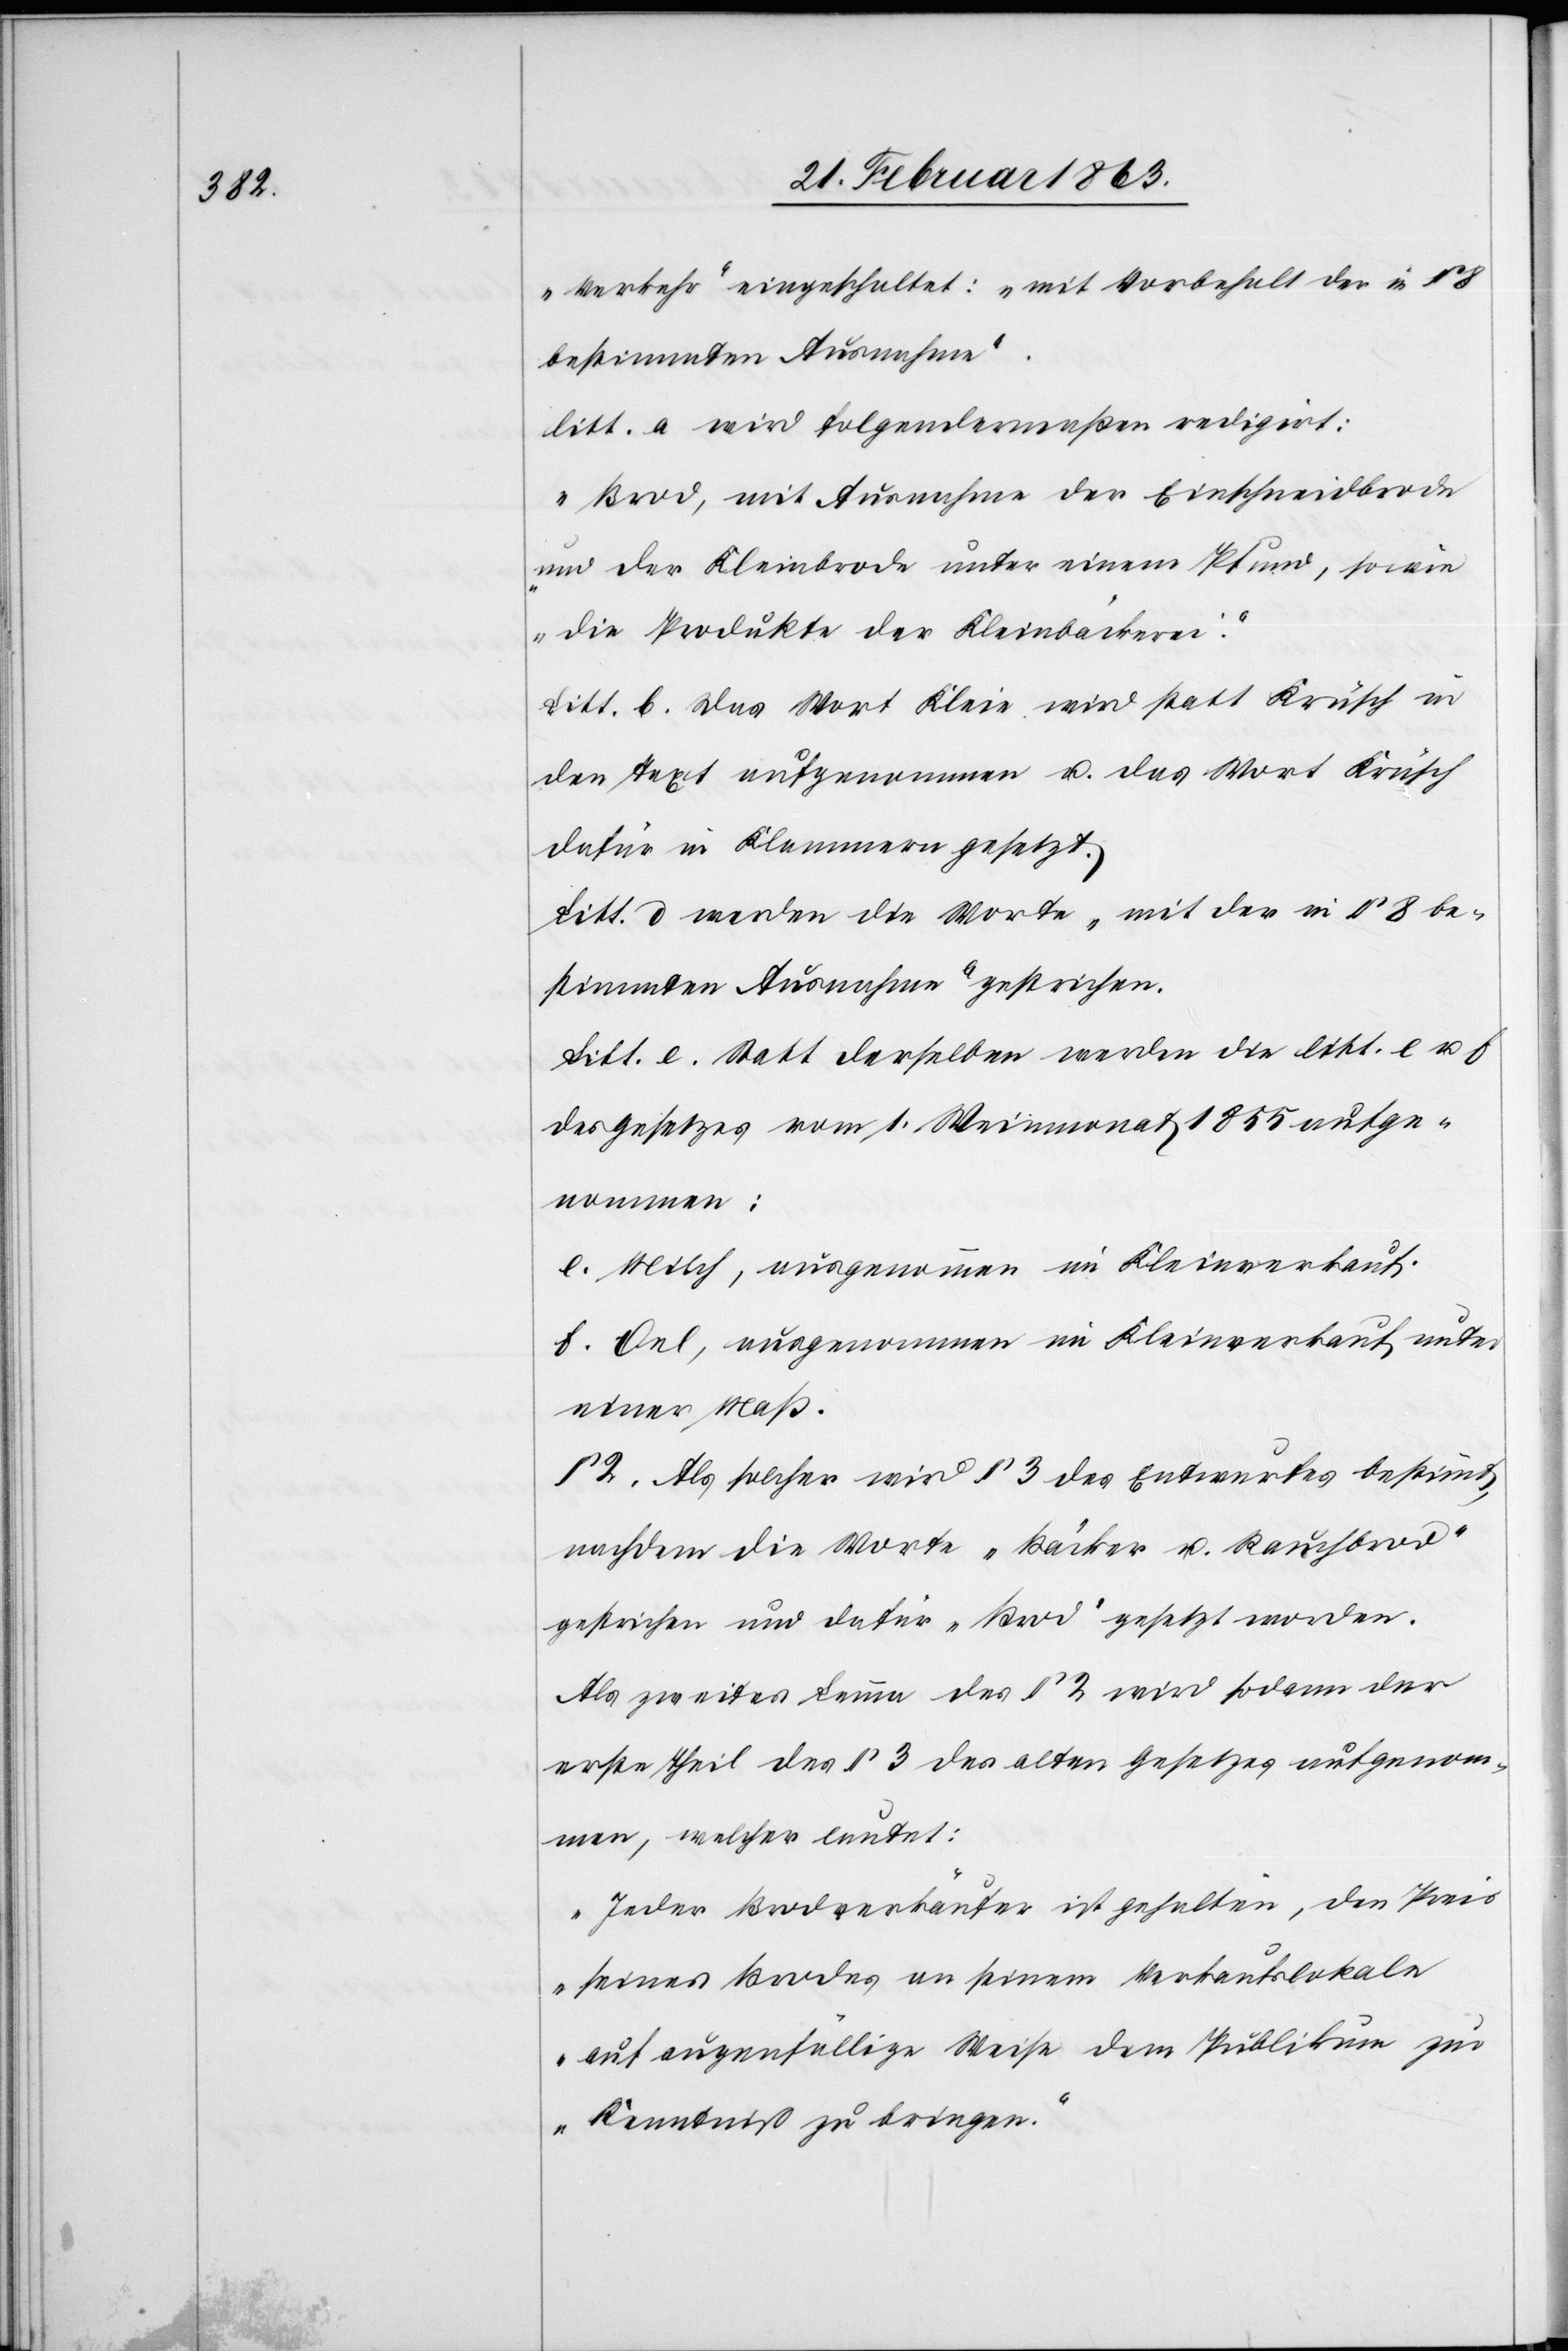
„Verkehr“ eingeschaltet: „mit Vorbehalt der in §
bestimmten Ausnahme“.
litt. a wird folgendermaßen redigirt:
„Brod, mit Ausnahme der Einschneidbrode
und der Kleinbrode unter einem Pfund, sowie
die Produkte der Kleinbäckerei.“
Litt. b. Das Wort Kleie wird statt Krüsch in
den Text aufgenommen u. das Wort Krüsch
dafür in Klammern gesetzt.
Litt. d werden die Worte „mit der in § 8 be¬
stimmten Ausnahme“ gestrichen.
Litt. e. Statt derselben werde die litt. e u.
des Gesetzes vom 1. Weinmonat 1855 aufge¬
nommen:
e. Milch, ausgenommen im Kleinverkauf.
f. Oel, ausgenommen im Kleinverkauf unter
einer Maß.
§ 2. Als solcher wird § 3 des Entwurfes bestimmt,
nachdem die Worte „Bäcker u. Rauchbrod“
gestrichen und dafür „Brod“ gesetzt worden.
Als zweites Lemma des § 3 wird sodann der
erste Theil des § 3 des alten Gesetzes aufgenom¬
men, welcher lautet:
„Jeder Brodverkäufer ist gehalten, den Preis
seines Brodes an seinem Verkaufslokale
auf augenfällige Weise dem Publikum zur
Kenntniß zu bringen.“